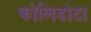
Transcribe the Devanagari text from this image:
फोलिडोटा